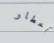
أخطار